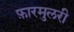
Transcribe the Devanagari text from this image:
फ़ारमुलरी